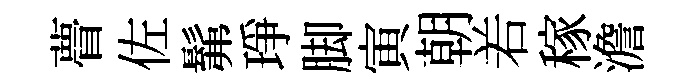
瞢佐髴琤脚寅朝𠰥稼澹